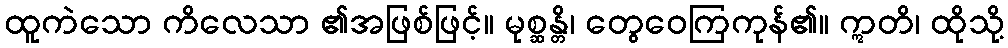
ထူကဲသော ကိလေသာ ၏အဖြစ်ဖြင့်။ မုစ္ဆန္တိ၊ တွေဝေကြကုန်၏။ ဣတိ၊ ထိုသို့